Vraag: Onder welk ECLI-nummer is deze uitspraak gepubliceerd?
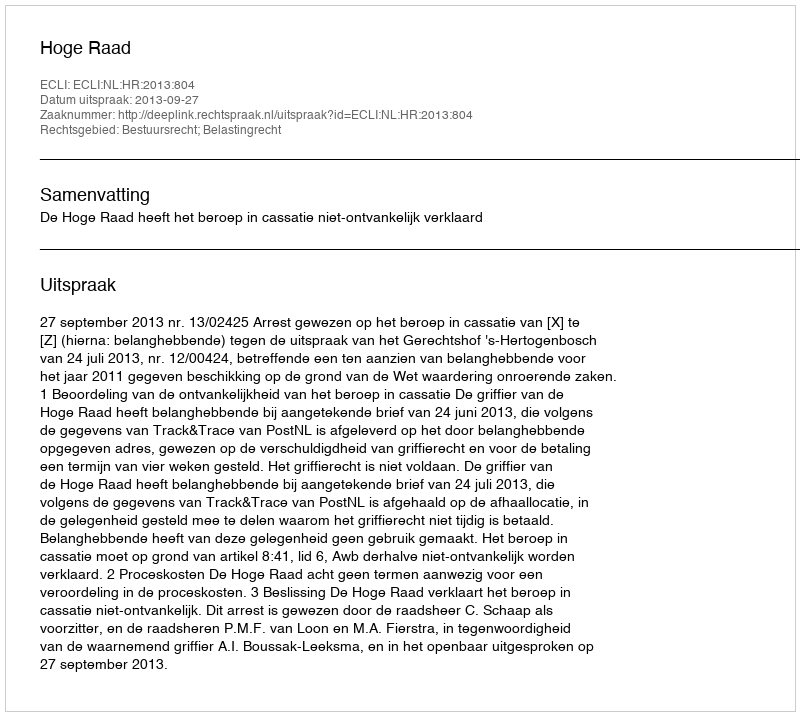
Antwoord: ECLI:NL:HR:2013:804